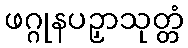
ဖဂ္ဂုနပဉှာသုတ္တံ